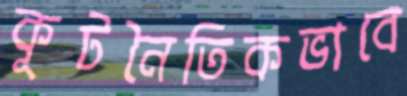
কূটনৈতিকভাবে